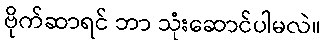
ဗိုက်ဆာရင် ဘာ သုံးဆောင်ပါမလဲ။